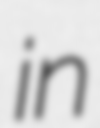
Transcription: in